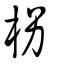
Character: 柺